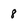
Character: 8